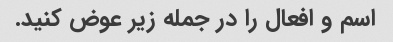
اسم و افعال را در جمله زیر عوض کنید.